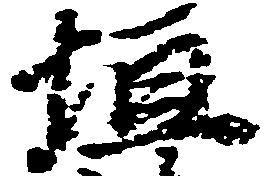
垣